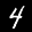
Label: 4